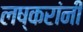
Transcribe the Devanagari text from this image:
लष्करांनी